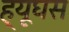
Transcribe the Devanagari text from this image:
ह्यूघस